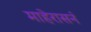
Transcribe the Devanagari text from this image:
माहेरासनं